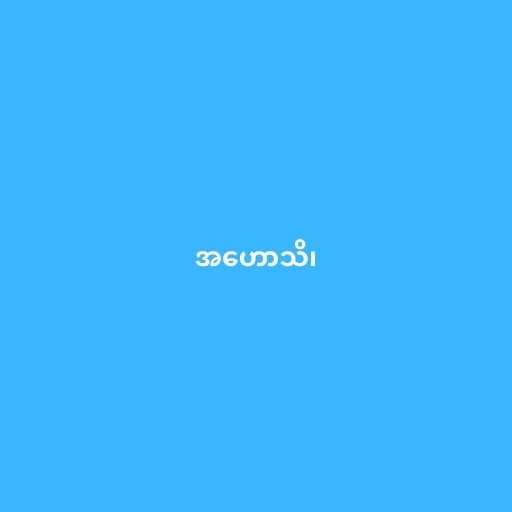
အဟောသိ၊